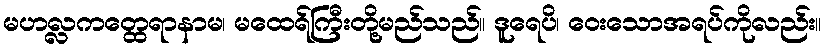
မဟလ္လကတ္ထေရာနာမ၊ မထေရ်ကြီးတို့မည်သည်။ ဒူရေပိ၊ ဝေးသောအရပ်ကိုလည်း။